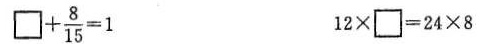
$$\Box + \frac{ 8 } { 1 5 } = 1$$ $$1 2 × \Box = 2 4 × 8$$